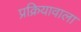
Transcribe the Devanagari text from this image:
प्रक्रियावाला